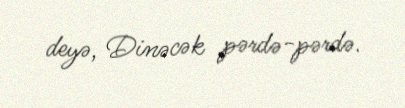
deyə, Dinəcək pərdə-pərdə.